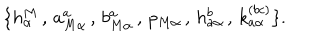
\{ h _ { \alpha } ^ { M } \, , \, a _ { M \alpha } ^ { a } \, , \, b _ { M \alpha } ^ { a } \, , \, p _ { M \alpha } \, , \, h _ { a \alpha } ^ { b } \, , \, k _ { a \alpha } ^ { ( b c ) } \} .